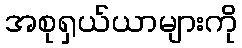
အစုရှယ်ယာများကို